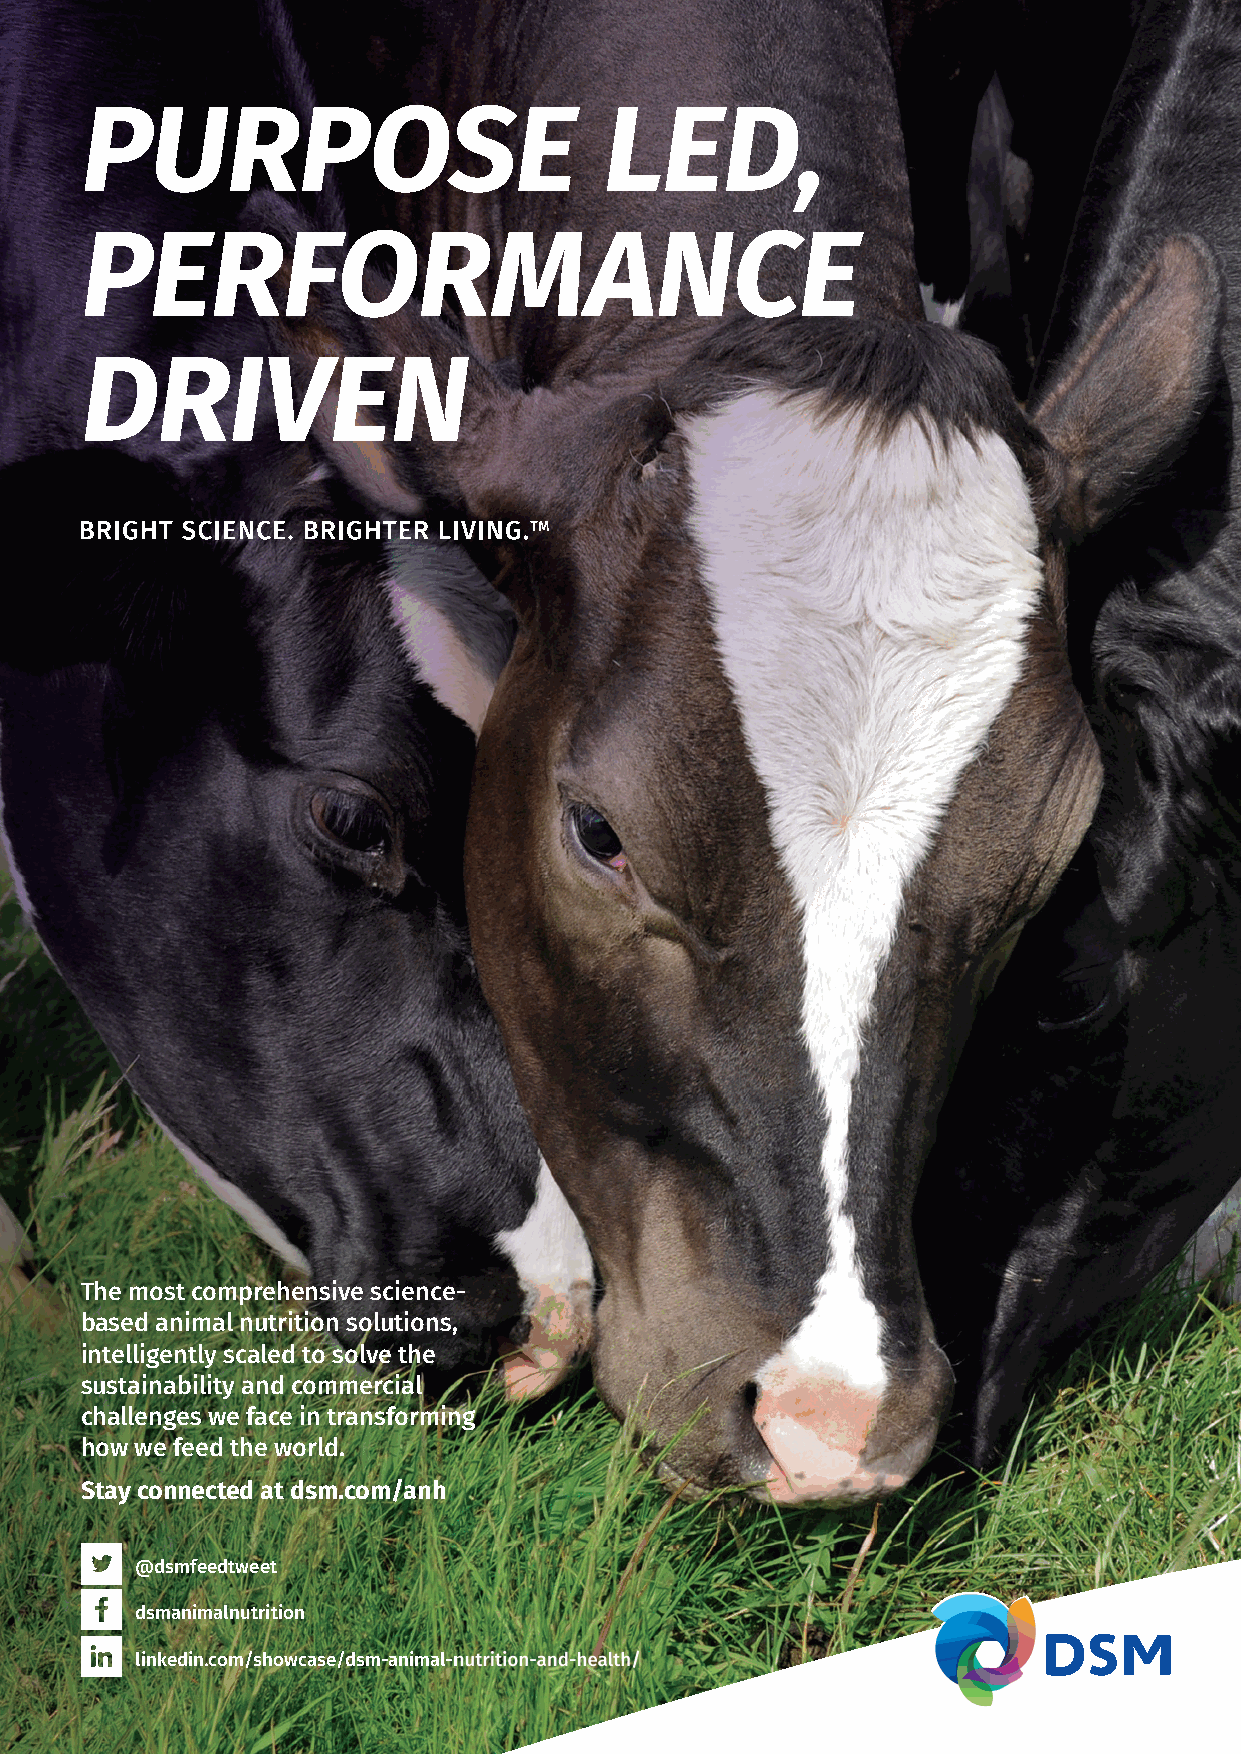
PURPOSE                            LED,
 PERFORMANCE
 DRIVEN
 The most comprehensive science-
 based animal nutrition solutions,
 intelligently scaled to solve the
 sustainability and commercial
 challenges we face in transforming
 how we feed the world.
 Stay connected at dsm.com/anh
 @dsmfeedtweet
 dsmanimalnutrition
 lliinnkkeeddiinn..ccoomm//sshhoowwccaassee//ddssmm--aanniimmaall--nnuuttrriittiioonn--aanndd--hheeaalltthh//